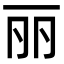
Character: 丽